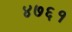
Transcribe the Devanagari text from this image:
४७६१